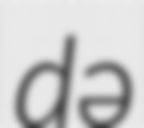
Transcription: də